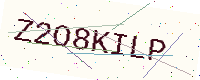
Text: Z2O8KILP